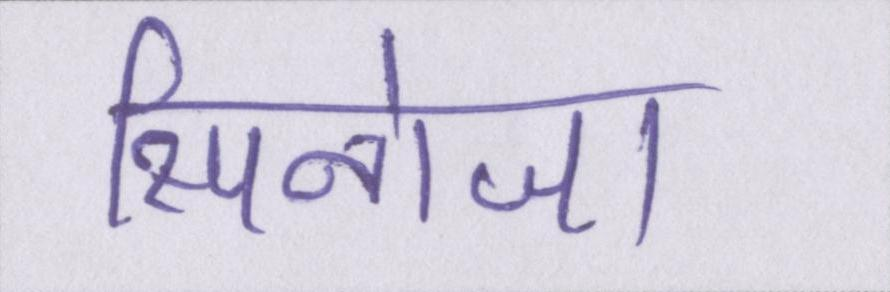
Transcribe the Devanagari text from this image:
स्पिनोजा